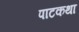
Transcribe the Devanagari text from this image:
पाटकथा